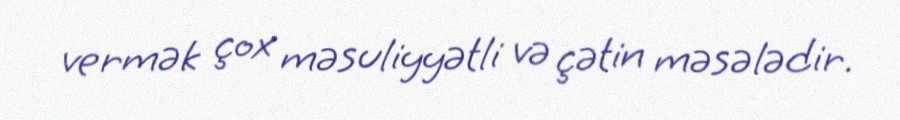
vermək çox məsuliyyətli və çətin məsələdir.